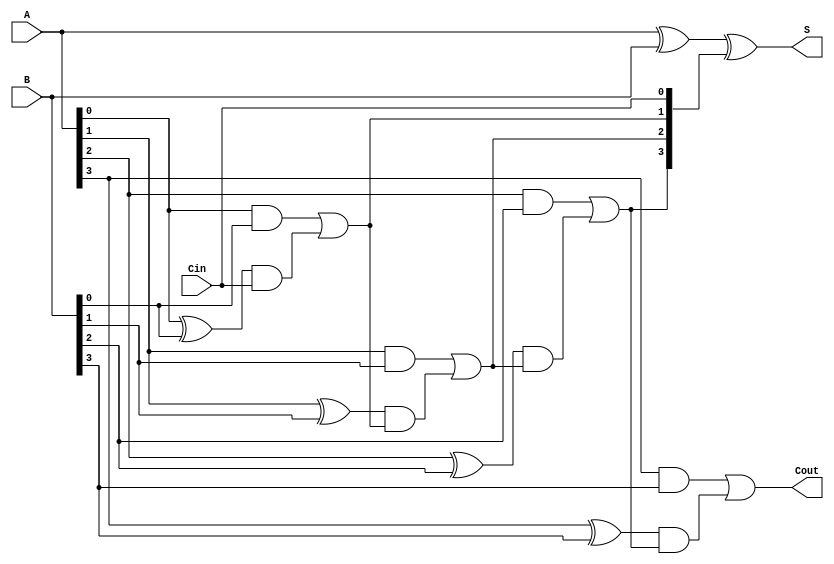
// Carry Look Ahead Adder
`timescale 1ns / 1ps

module CLA(A,B,Cin,S,Cout);

//inputs
input [3:0]A, B; 
input Cin;

//outputs
output [3:0] S;
output Cout;

wire [3:0] Ci; //wire

assign Ci[0] = Cin;
assign Ci[1] = (A[0] & B[0]) | ((A[0]^B[0]) & Ci[0]);
assign Ci[2] = (A[1] & B[1]) | ((A[1]^B[1]) & ((A[0] & B[0]) | ((A[0]^B[0]) & Ci[0])));
assign Ci[3] = (A[2] & B[2]) | ((A[2]^B[2]) & ((A[1] & B[1]) | ((A[1]^B[1]) & ((A[0] & B[0]) | ((A[0]^B[0]) & Ci[0])))));
assign Cout  = (A[3] & B[3]) | ((A[3]^B[3]) & ((A[2] & B[2]) | ((A[2]^B[2]) & ((A[1] & B[1]) | ((A[1]^B[1]) & ((A[0] & B[0]) | ((A[0]^B[0]) & Ci[0])))))));

assign S = A^B^Ci;

endmodule